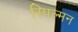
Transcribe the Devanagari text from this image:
स्पिल्मन